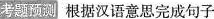
考题预测 根据汉语意思完成句子